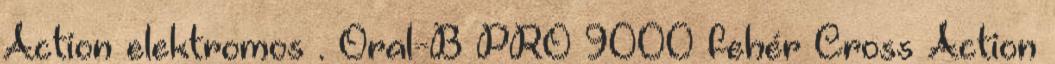
Action elektromos . Oral-B PRO 9000 fehér Cross Action